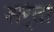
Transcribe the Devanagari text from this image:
शर्र्तों